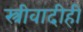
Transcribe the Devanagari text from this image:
स्त्रीवादीही